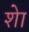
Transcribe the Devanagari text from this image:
शेा